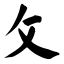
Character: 攵